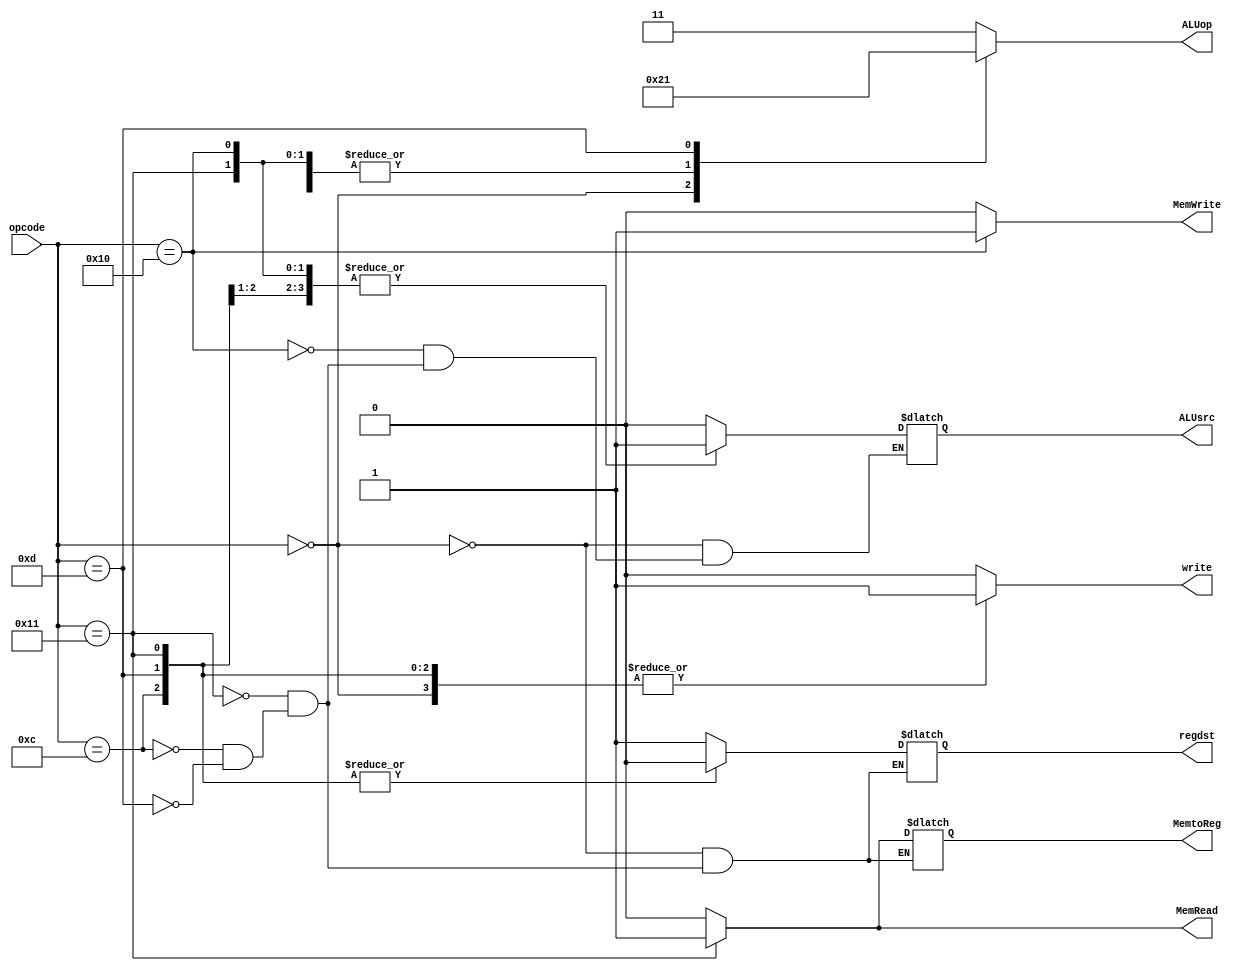
`define R 2'b10
`define R_op 6'b0
`define sw_op 6'b010000
`define lw_op 6'b010001
`define add_op 6'b001100
`define sub_op 6'b001101
`define I_sub 2'b01
`define I_add 2'b00

module control (
    //output
    output reg write,
    output reg [1:0] ALUop,
    output reg MemtoReg,
    output reg MemRead,
    output reg MemWrite,
    output reg regdst,
    output reg ALUsrc,
    //input
    input [5:0] opcode

);
always @(opcode) begin
    case (opcode)      //first defferent instruction type by opcode
        /*part 1 R type*/
       `R_op : begin   //when opcode is 6'b0 it's R type 
            write=1;    //while R type instruction enable write in the register
            ALUop=`R;   //it also deliever ALUop to ALU control suggest a R type operation in ALU
            regdst=1;   //regdst refer to choose the R type instruction arrange in the first MUX
            ALUsrc=0;   //choose the register data in the second MUX
            MemRead=0;  //no need for data memory to read
            MemWrite=0; //no nedd for data memory to write
            MemtoReg=0; //choose to deliever the ALU result back to the register file
            
        end
        /*part 2 I type*/
        `sw_op:begin      //when opcode is 6'b010000 it's I type store word instruction
            write=0;      //while store word instruction no need to write in the register
            ALUop=`I_add; //while store word instruction ALU add exended immediate value
            ALUsrc=1;     //choose the immediate value in the second MUX
            MemRead=0;    //no need for data memory to read  
            MemWrite=1;   //write  in data memory   
            
        end
        `lw_op:begin      //when opcode is 6'b010001 it's I type load word instruction  
            write=1;      //while load word instruction no need to write in the register
            ALUop=`I_add; //while load word instruction ALU add exended immediate value
            regdst=0;     //regdst refer to choose the I type instruction arrange in the first MUX
            ALUsrc=1;     //choose the immediate value in the second MUX
            MemtoReg=1;   //choose to pass data memory back to the register file
            MemRead=1;    //read address in data memory 
            MemWrite=0;   //no nedd for data memory to write
           
        end
        `add_op:begin       //when opcode is 6'b001100 it's I type addi instruction 
            write=1;        //while immediate add enable write in the register
            ALUop=`I_add;   //while immediate add instruction ALU add exended immediate value
            regdst=0;       //regdst refer to choose the I type instruction arrange in the first MUX
            ALUsrc=1;       //choose the immediate value in the second MUX
            MemRead=0;      //no need for data memory to read
            MemWrite=0;     //no nedd for data memory to write
            MemtoReg=0;     //choose to deliever the ALU result back to the register file
           
        end
        `sub_op:begin       //when opcode is 6'b001101 it's I type subi instruction 
            write=1;        //while immediate add enable write in the register
            ALUop=`I_sub;   //while immediate sub instruction ALU substract exended immediate value
            regdst=0;       //regdst refer to choose the I type instruction arrange in the first MUX
            ALUsrc=1;       //choose the immediate value in the second MUX
            MemRead=0;      //no need for data memory to read
            MemWrite=0;     //no nedd for data memory to write
            MemtoReg=0;     //choose to deliever the ALU result back to the register file
         
        end
        default: begin
        write=0;
        ALUop=2'b11;
        MemRead=0;      //no need for data memory to read
        MemWrite=0;     //no nedd for data memory to write
        end
    endcase    
end  
endmodule